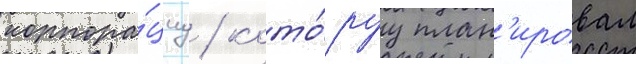
корпора́циу / кото́руу план'ировал